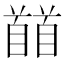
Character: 𩠬